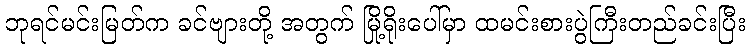
ဘုရင်မင်းမြတ်က ခင်ဗျားတို့ အတွက် မြို့ရိုးပေါ်မှာ ထမင်းစားပွဲကြီးတည်ခင်းပြီး